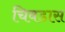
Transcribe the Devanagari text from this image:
चिवडास